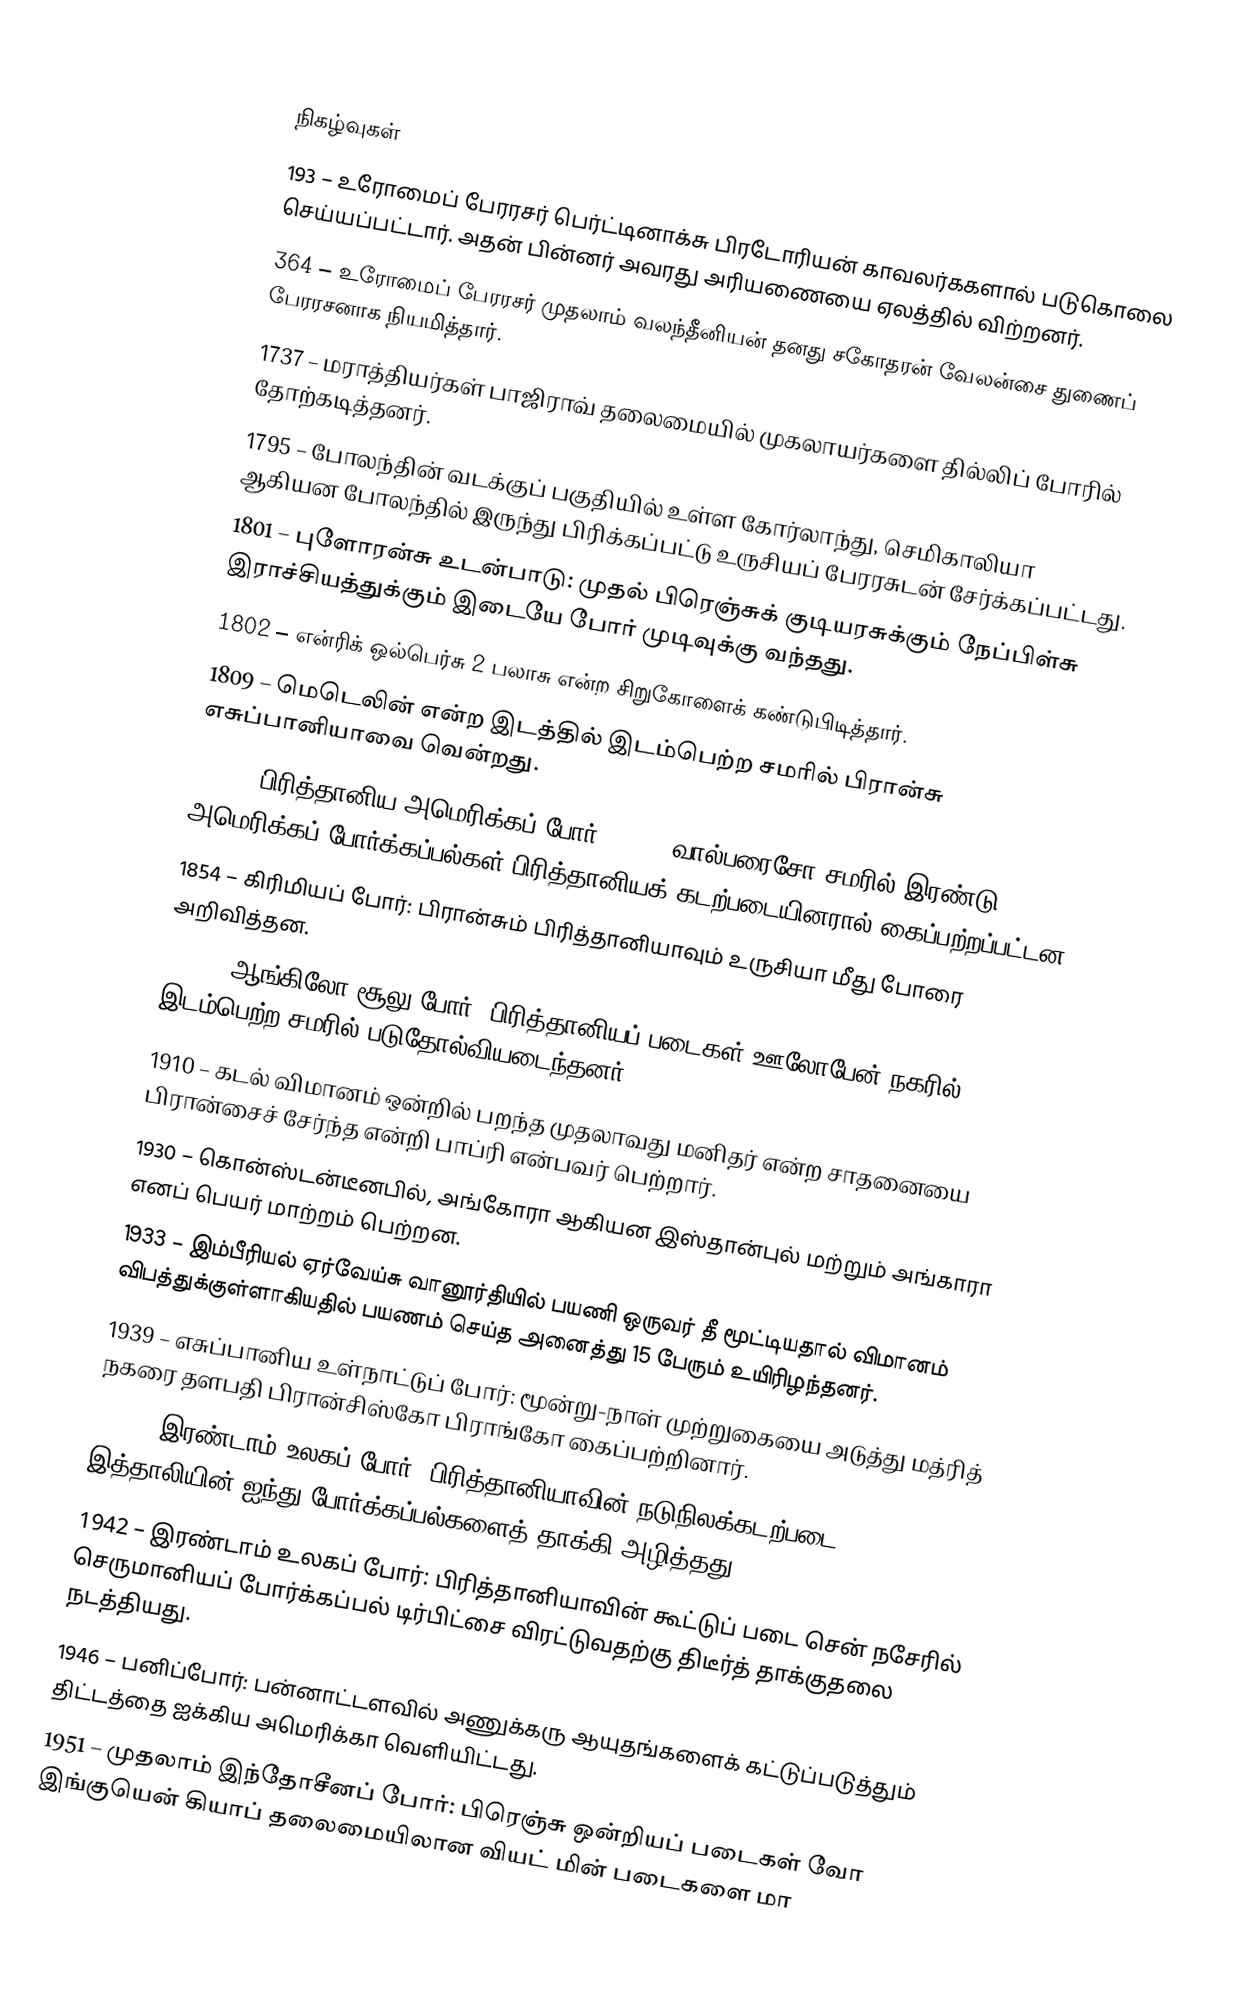

நிகழ்வுகள்
 193 – உரோமைப் பேரரசர் பெர்ட்டினாக்சு பிரடோரியன் காவலர்ககளால் படுகொலை செய்யப்பட்டார். அதன் பின்னர் அவரது அரியணையை ஏலத்தில் விற்றனர்.
 364 – உரோமைப் பேரரசர் முதலாம் வலந்தீனியன் தனது சகோதரன் வேலன்சை துணைப் பேரரசனாக நியமித்தார்.
1737 – மராத்தியர்கள் பாஜிராவ் தலைமையில் முகலாயர்களை தில்லிப் போரில் தோற்கடித்தனர்.
1795 – போலந்தின் வடக்குப் பகுதியில் உள்ள கோர்லாந்து, செமிகாலியா ஆகியன போலந்தில் இருந்து பிரிக்கப்பட்டு உருசியப் பேரரசுடன் சேர்க்கப்பட்டது.
1801 – புளோரன்சு உடன்பாடு: முதல் பிரெஞ்சுக் குடியரசுக்கும் நேப்பிள்சு இராச்சியத்துக்கும் இடையே போர் முடிவுக்கு வந்தது.
1802 – என்ரிக் ஒல்பெர்சு 2 பலாசு என்ற சிறுகோளைக் கண்டுபிடித்தார்.
1809 – மெடெலின் என்ற இடத்தில் இடம்பெற்ற சமரில் பிரான்சு எசுப்பானியாவை வென்றது.
1814 – பிரித்தானிய அமெரிக்கப் போர், 1812: வால்பரைசோ சமரில் இரண்டு அமெரிக்கப் போர்க்கப்பல்கள் பிரித்தானியக் கடற்படையினரால் கைப்பற்றப்பட்டன.
1854 – கிரிமியப் போர்: பிரான்சும் பிரித்தானியாவும் உருசியா மீது போரை அறிவித்தன.
1879 – ஆங்கிலோ-சூலு போர்: பிரித்தானியப் படைகள் ஊலோபேன் நகரில் இடம்பெற்ற சமரில் படுதோல்வியடைந்தனர்.
1910 – கடல் விமானம் ஒன்றில் பறந்த முதலாவது மனிதர் என்ற சாதனையை பிரான்சைச் சேர்ந்த என்றி பாப்ரி என்பவர் பெற்றார்.
1930 – கொன்ஸ்டன்டீனபில், அங்கோரா ஆகியன இஸ்தான்புல் மற்றும் அங்காரா எனப் பெயர் மாற்றம் பெற்றன.
1933 – இம்பீரியல் ஏர்வேய்சு வானூர்தியில் பயணி ஒருவர் தீ மூட்டியதால் விமானம் விபத்துக்குள்ளாகியதில் பயணம் செய்த அனைத்து 15 பேரும் உயிரிழந்தனர்.
1939 – எசுப்பானிய உள்நாட்டுப் போர்: மூன்று-நாள் முற்றுகையை அடுத்து மத்ரித் நகரை தளபதி பிரான்சிஸ்கோ பிராங்கோ கைப்பற்றினார்.
1941 – இரண்டாம் உலகப் போர்: பிரித்தானியாவின் நடுநிலக்கடற்படை இத்தாலியின் ஐந்து போர்க்கப்பல்களைத் தாக்கி அழித்தது.
1942 – இரண்டாம் உலகப் போர்: பிரித்தானியாவின் கூட்டுப் படை சென் நசேரில் செருமானியப் போர்க்கப்பல் டிர்பிட்சை விரட்டுவதற்கு திடீர்த் தாக்குதலை நடத்தியது.
1946 – பனிப்போர்: பன்னாட்டளவில் அணுக்கரு ஆயுதங்களைக் கட்டுப்படுத்தும் திட்டத்தை ஐக்கிய அமெரிக்கா வெளியிட்டது.
1951 – முதலாம் இந்தோசீனப் போர்: பிரெஞ்சு ஒன்றியப் படைகள் வோ இங்குயென் கியாப் தலைமையிலான வியட் மின் படைகளை மா